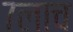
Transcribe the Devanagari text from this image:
७लाच